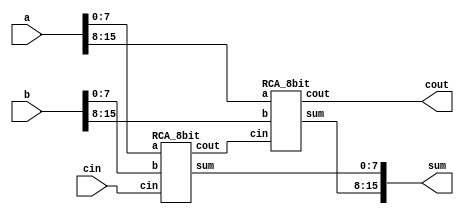
`timescale 1ns/1ps

module RCA_16bit(a,b,cin,sum,cout);

    input [15:0] a,b;
    input cin;
    output [15:0] sum;
    output cout;

	wire  c;
    
	//--- Write your design here ---//
	RCA_8bit FA1(a[7:0] , b[7:0] , cin , sum[7:0] , c);
	RCA_8bit FA2(a[15:8] , b[15:8] , c , sum[15:8] , cout);
	//--- Write your design here ---//

endmodule

module RCA_8bit(a,b,cin,sum,cout);

    input [7:0] a,b;
	input cin;
    output [7:0] sum;
	output cout;
	
	wire [7:0] c;
    
	//--- Write your design here ---//
	//assign {cout , sum} = a + b + cin;
	fulladder bit0(a[0] , b[0] , cin , sum[0] , c[0]);
	fulladder bit1(a[1] , b[1] , c[0] , sum[1] , c[1]);
	fulladder bit2(a[2] , b[2] , c[1] , sum[2] , c[2]);
	fulladder bit3(a[3] , b[3] , c[2] , sum[3] , c[3]);
	fulladder bit4(a[4] , b[4] , c[3] , sum[4] , c[4]);
	fulladder bit5(a[5] , b[5] , c[4] , sum[5] , c[5]);
	fulladder bit6(a[6] , b[6] , c[5] , sum[6] , c[6]);
	fulladder bit7(a[7] , b[7] , c[6] , sum[7] , c[7]);
	//--- Write your design here ---//

	assign cout = c[7];

endmodule

module fulladder(a,b,cin,sum,cout);
	
	input a, b, cin;
	output sum,cout;
	wire x,y,z,q;

    //sum = (a ^ b) ^ cin;
    //cout = ((a & b) | ((a | b) & cin));
	
	xorgate xor1 (a,b,x);
	xorgate xor2(x,cin,sum);
	
	andgate and1(a,b,y);
	andgate and2(z,cin,q);
	orgate or1(a,b,z);
	orgate or2(y,q,cout);

endmodule

module andgate (a,b,out);
	
	input a, b;
	output reg out;

	always @ (*)  begin
		#7 out <= a & b;
	end

endmodule

module orgate (a,b,out);
	
	input a, b;
	output reg out;

	always @ (*)  begin
		#4 out <= a | b;
	end

endmodule

module xorgate (a,b,out);
	
	input a,b;
	output out;
	wire x,y,z;

	andgate and1 (a,~b,x);
	andgate and2 (~a,b,y);
	orgate or1 (x,y,out);

endmodule